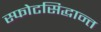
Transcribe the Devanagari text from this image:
स्फोटसिद्धान्त